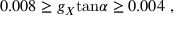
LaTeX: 0 . 0 0 8 \ge g _ { X } \mathrm { t a n } \alpha \ge 0 . 0 0 4 ~ ,